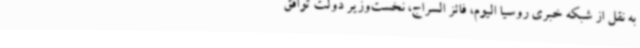
به نقل از شبکه خبری روسیا الیوم، فائز السراج، نخست‌وزیر دولت توافق